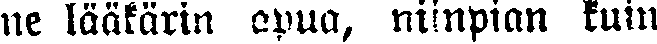
ne lääkärin apua, niinpian kuin